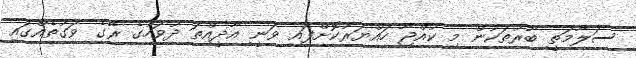
ސަލާމަތީ ބާރުތަކުން މި ކުއްޖާ ހައްޔަރުކޮށްފައި ވަނީ އާދީއްތަ ދުވަހުގެ ރޭގެ ވަގުތެއްގައި